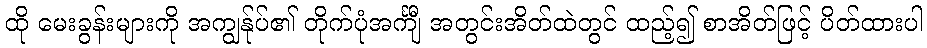
ထို မေးခွန်းများကို အကျွန်ုပ်၏ တိုက်ပုံအင်္ကျီ အတွင်းအိတ်ထဲတွင် ထည့်၍ စာအိတ်ဖြင့် ပိတ်ထားပါ